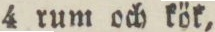
4 rum och kök,